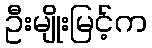
ဦးမျိုးမြင့်က